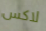
لاكس